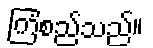
ကြံစည်သည်။